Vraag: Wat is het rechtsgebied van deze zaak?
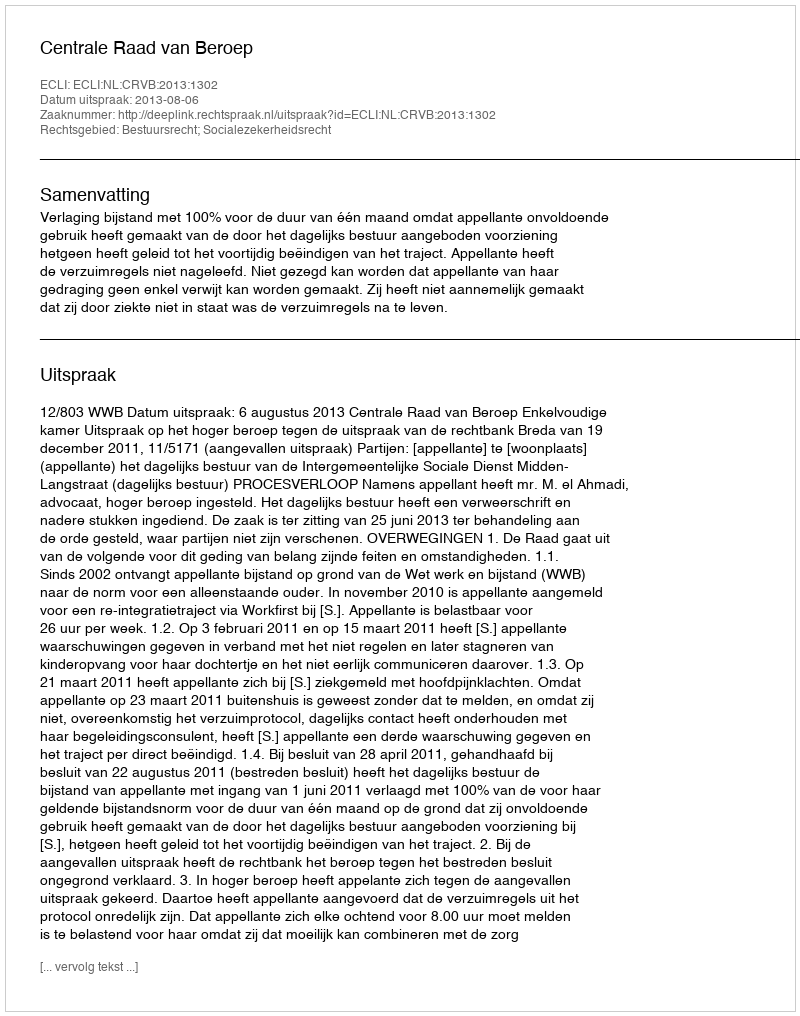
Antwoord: Bestuursrecht; Socialezekerheidsrecht